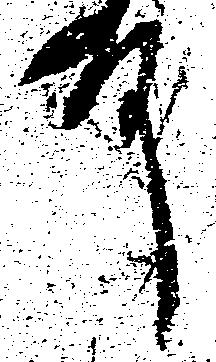
殿